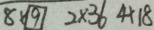
8 \times \boxed { 9 } 2 \times 3 6 4 \times 1 8